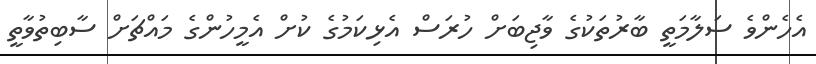
އެހެންވެ ސަލާމަތީ ބާރުތަކުގެ ވާޖިބަށް ހުރަސް އެޅިކަމުގެ ކުށް އެމީހުންގެ މައްޗަށް ސާބިތުވާތީ